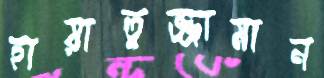
হায়াতুজ্জামান